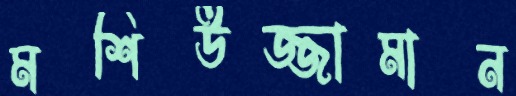
মশিউজ্জামান